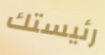
رئيستك